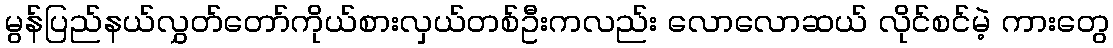
မွန်ပြည်နယ်လွှတ်တော်ကိုယ်စားလှယ်တစ်ဦးကလည်း လောလောဆယ် လိုင်စင်မဲ့ ကားတွေ